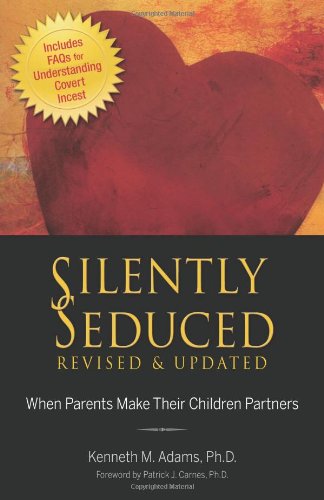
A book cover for Silently Seduced: When Parents Make Their Children Partners; Kenneth Adams  Ph.D.; Parenting & Relationships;